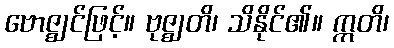
ဗောဇ္ဈင်ဖြင့်။ ဗုဇ္ဈတိ၊ သိနိုင်၏။ ဣတိ၊